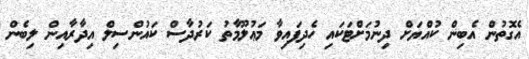
އެގޮތުން އެބިން ކުއްޔަށް ދިނުމަށްޓަކައި ހެދިފައިވާ މަޢުލޫމާތު ކަރުދާސް ކައުންސިލް އިދާރާއިން ލިބެން